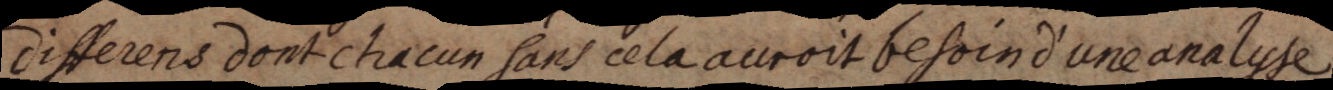
differens dont chacun sans cela auroit besoin d’une analyse